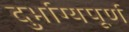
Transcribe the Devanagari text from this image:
दुर्भाग्‍यपूर्ण